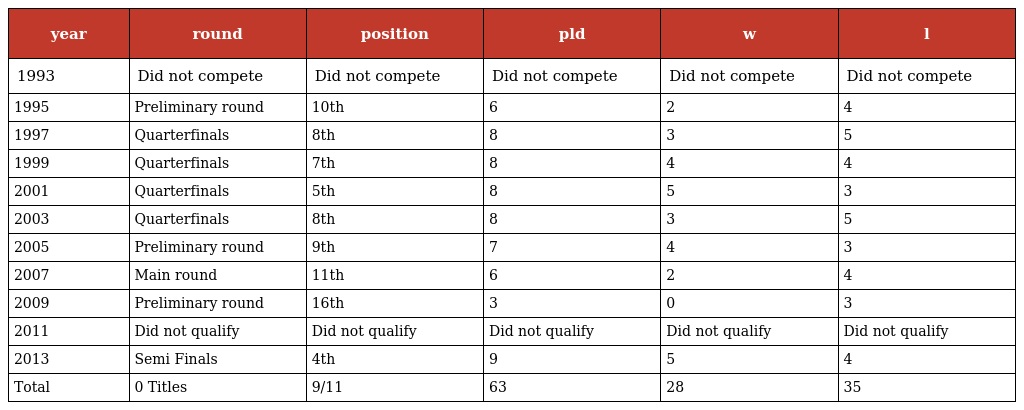
| year | round | position | pld | w | l |
 | --- | --- | --- | --- | --- | --- |
 | 1993 | Did not compete | Did not compete | Did not compete | Did not compete | Did not compete |
 | 1995 | Preliminary round | 10th | 6 | 2 | 4 |
 | 1997 | Quarterfinals | 8th | 8 | 3 | 5 |
 | 1999 | Quarterfinals | 7th | 8 | 4 | 4 |
 | 2001 | Quarterfinals | 5th | 8 | 5 | 3 |
 | 2003 | Quarterfinals | 8th | 8 | 3 | 5 |
 | 2005 | Preliminary round | 9th | 7 | 4 | 3 |
 | 2007 | Main round | 11th | 6 | 2 | 4 |
 | 2009 | Preliminary round | 16th | 3 | 0 | 3 |
 | 2011 | Did not qualify | Did not qualify | Did not qualify | Did not qualify | Did not qualify |
 | 2013 | Semi Finals | 4th | 9 | 5 | 4 |
 | Total | 0 Titles | 9/11 | 63 | 28 | 35 |